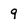
Character: 9